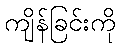
ကျိန်ခြင်းကို